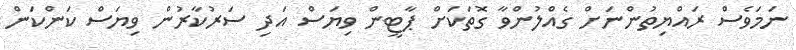
ނަމަވެސް ރައްޔިތުންނަށް ގެއްލުންވާ ގޮތަކަށް ޕާޓީން ވިޔަސް އަދި ސަރުކާރުން ވިޔަސް ކަންކަން